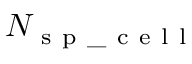
N _ { \mathrm { ~ s ~ p ~ \_ ~ c ~ e ~ l ~ l ~ } }